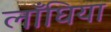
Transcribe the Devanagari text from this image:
लाँघिया